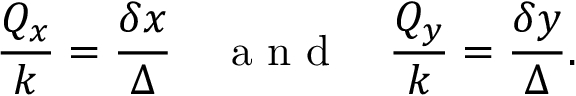
\frac { Q _ { x } } { k } = \frac { \delta x } { \Delta } \quad \textrm { a n d } \quad \frac { Q _ { y } } { k } = \frac { \delta y } { \Delta } .